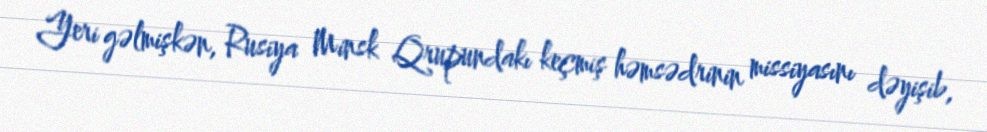
Yeri gəlmişkən, Rusiya Minsk Qrupundakı keçmiş həmsədrinin missiyasını dəyişib,